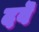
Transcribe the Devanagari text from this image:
दवॆ